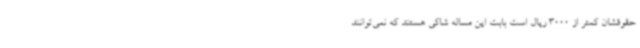
حقوقشان کمتر از 3000 ریال است بابت این مساله شاکی هستند که نمی‌توانند